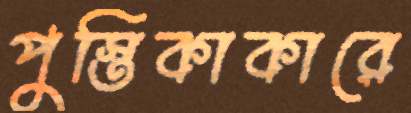
পুস্তিকাকারে